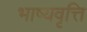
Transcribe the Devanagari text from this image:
भाष्यवृत्ति